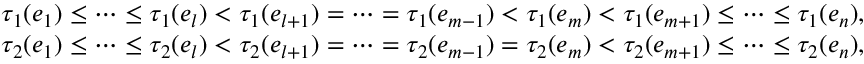
\begin{array} { r l } & { \tau _ { 1 } ( e _ { 1 } ) \leq \cdots \leq \tau _ { 1 } ( e _ { l } ) < \tau _ { 1 } ( e _ { l + 1 } ) = \cdots = \tau _ { 1 } ( e _ { m - 1 } ) < \tau _ { 1 } ( e _ { m } ) < \tau _ { 1 } ( e _ { m + 1 } ) \leq \cdots \leq \tau _ { 1 } ( e _ { n } ) , } \\ & { \tau _ { 2 } ( e _ { 1 } ) \leq \cdots \leq \tau _ { 2 } ( e _ { l } ) < \tau _ { 2 } ( e _ { l + 1 } ) = \cdots = \tau _ { 2 } ( e _ { m - 1 } ) = \tau _ { 2 } ( e _ { m } ) < \tau _ { 2 } ( e _ { m + 1 } ) \leq \cdots \leq \tau _ { 2 } ( e _ { n } ) , } \end{array}